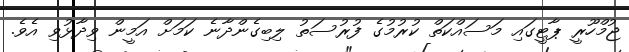
ޖުމްހޫރީ ޕާޓީގައި މަސައްކަތް ކުރުމުގެ ފުރުސަތު ލިބިގެންދާނެ ކަމަށް އަމީން ވިދާޅުވި އެވެ.